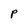
Character: P